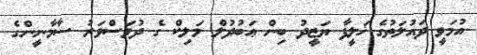
އުމަވީ ދައުލަތުގެ ޚަލީފާ ޔަޒީދު ބިން ޢަބުދުލް މަލިކް ގެ ދުވަސްވަރު ސާމާނީންގެ